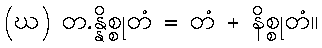
(ဃ) တ.န္နိစ္စုတံ = တံ + နိစ္စုတံ။